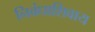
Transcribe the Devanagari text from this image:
निबंधाशिवाय